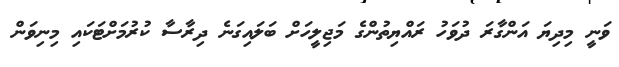
ވަނީ މިދިޔަ އަންގާރަ ދުވަހު ރައްޔިތުންގެ މަޖިލީހަށް ބަލައިގަނެ ދިރާސާ ކުރުމަށްޓަކައި މިނިވަން